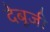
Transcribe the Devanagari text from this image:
देबूजी